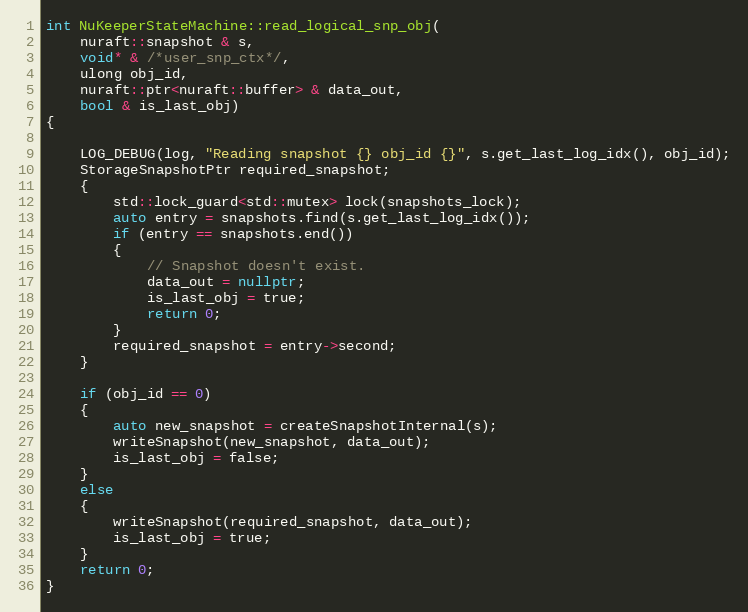
Language: C++
int NuKeeperStateMachine::read_logical_snp_obj(
    nuraft::snapshot & s,
    void* & /*user_snp_ctx*/,
    ulong obj_id,
    nuraft::ptr<nuraft::buffer> & data_out,
    bool & is_last_obj)
{

    LOG_DEBUG(log, "Reading snapshot {} obj_id {}", s.get_last_log_idx(), obj_id);
    StorageSnapshotPtr required_snapshot;
    {
        std::lock_guard<std::mutex> lock(snapshots_lock);
        auto entry = snapshots.find(s.get_last_log_idx());
        if (entry == snapshots.end())
        {
            // Snapshot doesn't exist.
            data_out = nullptr;
            is_last_obj = true;
            return 0;
        }
        required_snapshot = entry->second;
    }

    if (obj_id == 0)
    {
        auto new_snapshot = createSnapshotInternal(s);
        writeSnapshot(new_snapshot, data_out);
        is_last_obj = false;
    }
    else
    {
        writeSnapshot(required_snapshot, data_out);
        is_last_obj = true;
    }
    return 0;
}